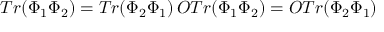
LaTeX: T r ( \Phi _ { 1 } \Phi _ { 2 } ) = T r ( \Phi _ { 2 } \Phi _ { 1 } ) \, O T r ( \Phi _ { 1 } \Phi _ { 2 } ) = O T r ( \Phi _ { 2 } \Phi _ { 1 } )